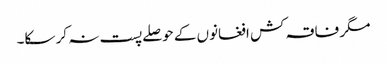
مگر فاقہ کش افغانوں کے حوصلے پست نہ کر سکا۔